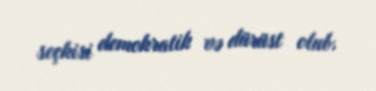
seçkisi demokratik və dürüst olub.